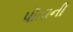
પૉતાની